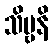
သိဗ္ဗနိ